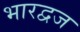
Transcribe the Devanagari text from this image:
भारद्वज